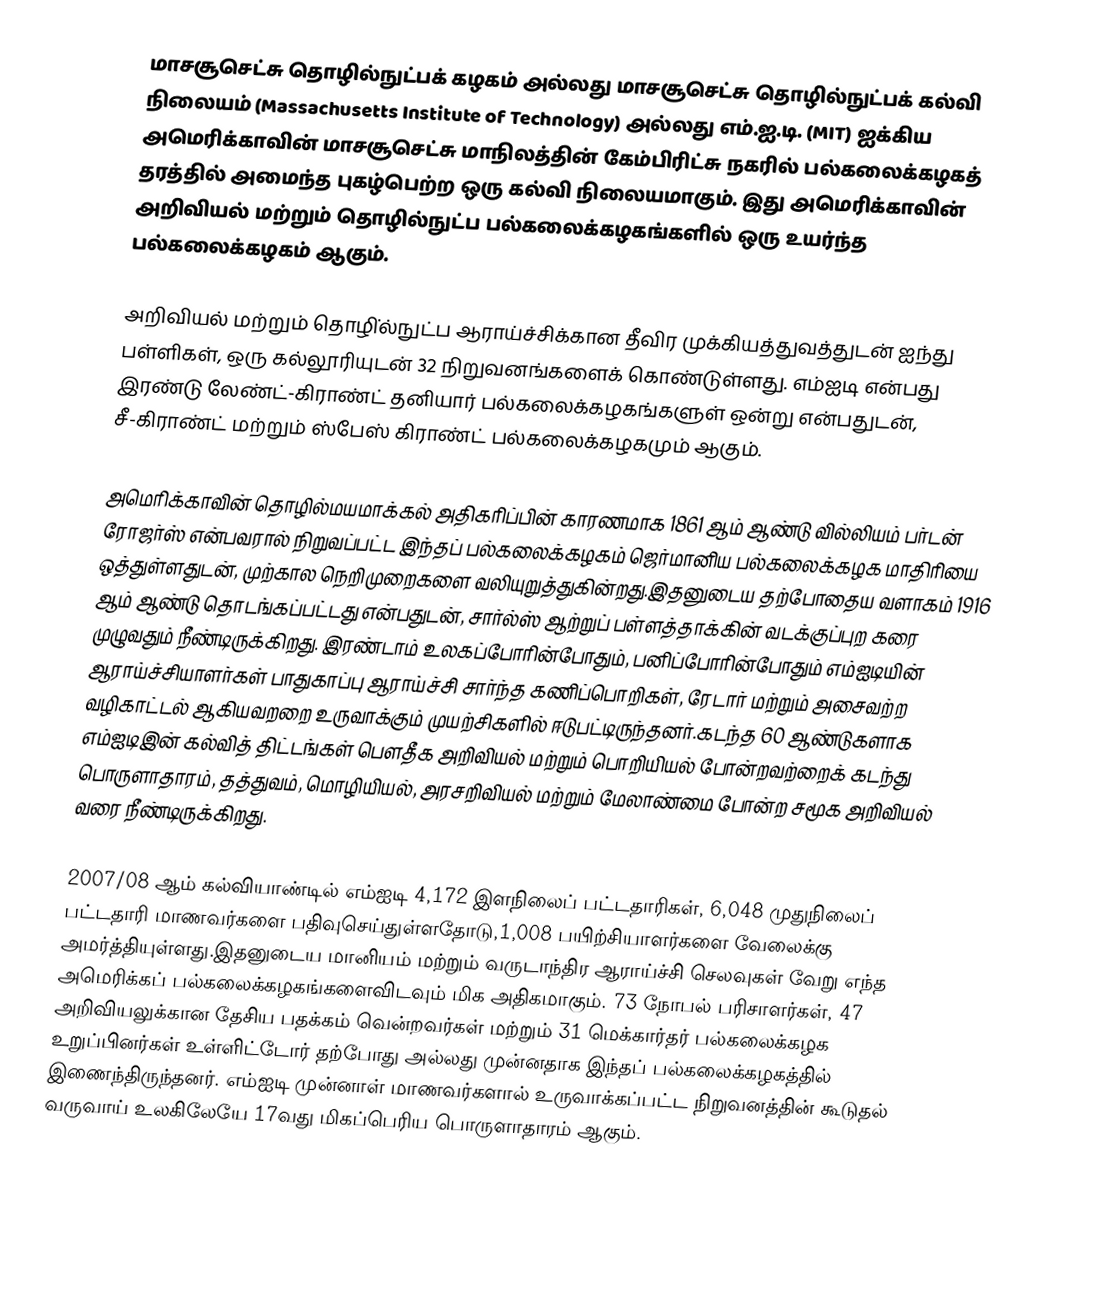
மாசசூசெட்சு தொழில்நுட்பக் கழகம் அல்லது மாசசூசெட்சு தொழில்நுட்பக் கல்வி நிலையம் (Massachusetts Institute of Technology) அல்லது எம்.ஐ.டி. (MIT) ஐக்கிய அமெரிக்காவின் மாசசூசெட்சு மாநிலத்தின் கேம்பிரிட்சு நகரில் பல்கலைக்கழகத் தரத்தில் அமைந்த புகழ்பெற்ற ஒரு கல்வி நிலையமாகும். இது அமெரிக்காவின் அறிவியல் மற்றும் தொழில்நுட்ப பல்கலைக்கழகங்களில் ஒரு உயர்ந்த பல்கலைக்கழகம் ஆகும்.

அறிவியல் மற்றும் தொழி்ல்நுட்ப ஆராய்ச்சிக்கான தீவிர முக்கியத்துவத்துடன் ஐந்து பள்ளிகள், ஒரு கல்லூரியுடன் 32 நிறுவனங்களைக் கொண்டுள்ளது. எம்ஐடி என்பது இரண்டு லேண்ட்-கிராண்ட் தனியார் பல்கலைக்கழகங்களுள் ஒன்று என்பதுடன், சீ-கிராண்ட் மற்றும் ஸ்பேஸ் கிராண்ட் பல்கலைக்கழகமும் ஆகும்.

அமெரிக்காவின் தொழில்மயமாக்கல் அதிகரிப்பின் காரணமாக 1861 ஆம் ஆண்டு வில்லியம் பர்டன் ரோஜர்ஸ் என்பவரால் நிறுவப்பட்ட இந்தப் பல்கலைக்கழகம் ஜெர்மானிய பல்கலைக்கழக மாதிரியை ஒத்துள்ளதுடன், முற்கால நெறிமுறைகளை வலியுறுத்துகின்றது.இதனுடைய தற்போதைய வளாகம் 1916 ஆம் ஆண்டு தொடங்கப்பட்டது என்பதுடன், சார்ல்ஸ் ஆற்றுப் பள்ளத்தாக்கின் வடக்குப்புற கரை முழுவதும் நீண்டிருக்கிறது. இரண்டாம் உலகப்போரின்போதும், பனிப்போரின்போதும் எம்ஐடியின் ஆராய்ச்சியாளர்கள் பாதுகாப்பு ஆராய்ச்சி சார்ந்த கணிப்பொறிகள், ரேடார் மற்றும் அசைவற்ற வழிகாட்டல் ஆகியவறறை உருவாக்கும் முயற்சிகளில் ஈடுபட்டிருந்தனர்.கடந்த 60 ஆண்டுகளாக எம்ஐடிஇன் கல்வித் திட்டங்கள் பௌதீக அறிவியல் மற்றும் பொறியியல் போன்றவற்றைக் கடந்து பொருளாதாரம், தத்துவம், மொழியியல், அரசறிவியல் மற்றும் மேலாண்மை போன்ற சமூக அறிவியல் வரை நீண்டிருக்கிறது.

2007/08 ஆம் கல்வியாண்டில் எம்ஐடி 4,172 இளநிலைப் பட்டதாரிகள், 6,048 முதுநிலைப் பட்டதாரி மாணவர்களை பதிவுசெய்துள்ளதோடு,1,008 பயிற்சியாளர்களை வேலைக்கு அமர்த்தியுள்ளது.இதனுடைய மானியம் மற்றும் வருடாந்திர ஆராய்ச்சி செலவுகள் வேறு எந்த அமெரிக்கப் பல்கலைக்கழகங்களைவிடவும் மிக அதிகமாகும். 73 நோபல் பரிசாளர்கள், 47 அறிவியலுக்கான தேசிய பதக்கம் வென்றவர்கள் மற்றும் 31 மெக்கார்தர் பல்கலைக்கழக உறுப்பினர்கள் உள்ளிட்டோர் தற்போது அல்லது முன்னதாக இந்தப் பல்கலைக்கழகத்தில் இணைந்திருந்தனர். எம்ஐடி முன்னாள் மாணவர்களால் உருவாக்கப்பட்ட நிறுவனத்தின் கூடுதல் வருவாய் உலகிலேயே 17வது மிகப்பெரிய பொருளாதாரம் ஆகும்.